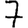
Digit: 7